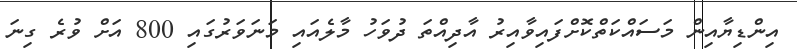
އިންޑިޔާއިން މަސައްކަތްކޮށްފައިވާއިރު އާދިއްތަ ދުވަހު މާލެއައި މަނަވަރުގައި 800 އަށް ވުރެ ގިނަ